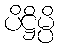
ပိဋ္ဌိမ္ပိ